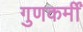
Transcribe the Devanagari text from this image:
गुणकर्मीं